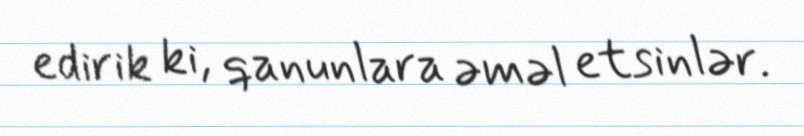
edirik ki, qanunlara əməl etsinlər.